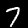
Label: 7